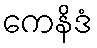
ကေနိဒံ